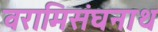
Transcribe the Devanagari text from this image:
वरामिसंघनाथ